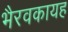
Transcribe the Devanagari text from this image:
भैरवकायह